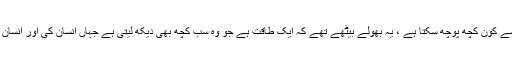
ارباب اختیار کو ہمیشہ یہ زعم رہا کہ ان سے کون کچھ پوچھ سکتا ہے ، یہ بھولے بیٹھے تھے کہ ایک طاقت ہے جو وہ سب کچھ بھی دیکھ لیتی ہے جہاں انسان کی اور انسان کی بنائی ہوئی آنکھ بھی نہیں دیکھ سکتی ۔